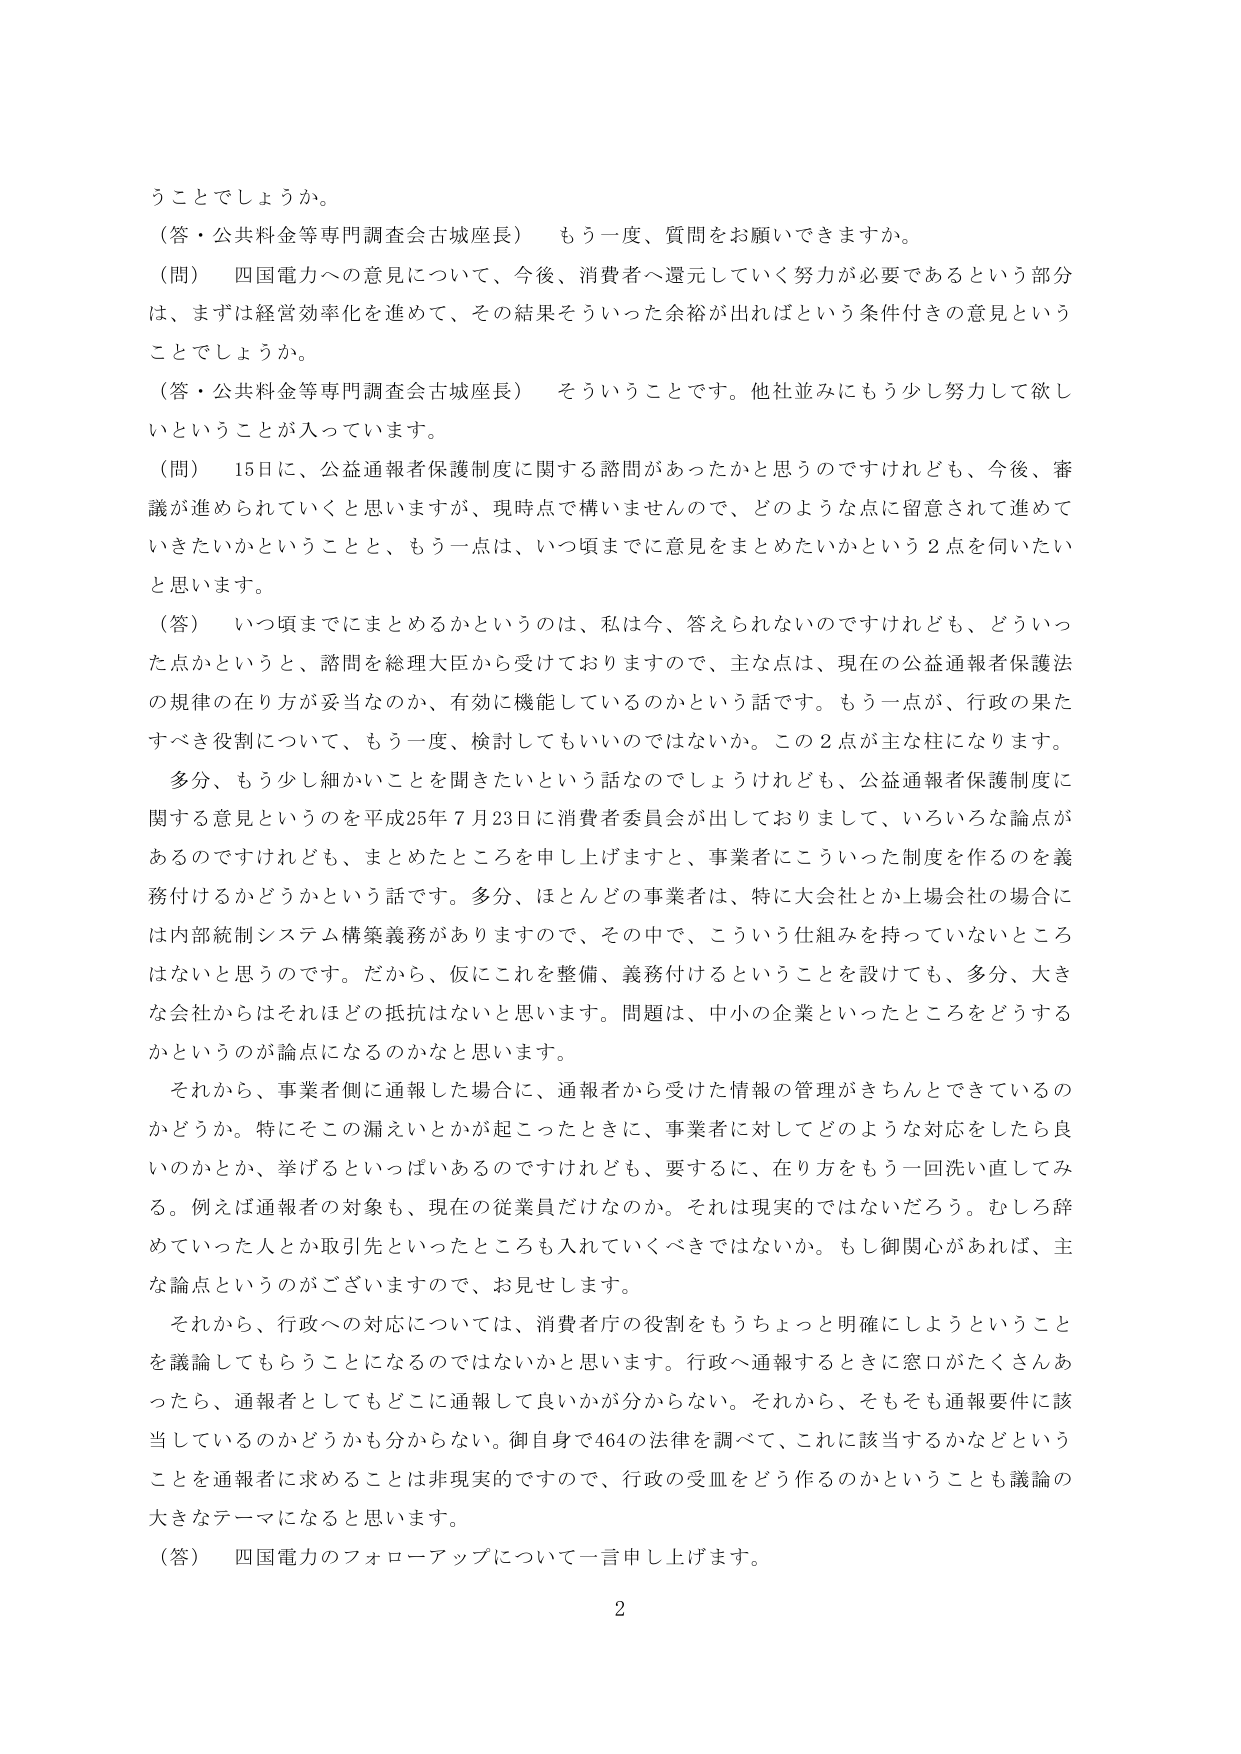
うことでしょうか。

（答・公共料金等専門調査会古城座長） もう一度、質問をお願いできますか。

（問） 四国電力への意見について、今後、消費者へ還元していく努力が必要であるという部分は、まずは経営効率化を進めて、その結果そういった余裕が出ればという条件付きの意見ということでしょうか。

（答・公共料金等専門調査会古城座長） そういうことです。他社並みにもう少し努力して欲しいということが入っています。

（問） 15日に、公益通報者保護制度に関する諮問があったかと思うのですけれども、今後、審議が進められていくと思いますが、現時点で構いませんので、どのような点に留意されて進めていきたいかということと、もう一点は、いつ頃までに意見をまとめたいかという2点を伺いたいと思います。

（答） いつ頃までにまとめるかというのは、私は今、答えられないのですけれども、どういった点かというと、諮問を総理大臣から受けておりますので、主な点は、現在の公益通報者保護法の規律の在り方が妥当なのか、有効に機能しているのかという話です。もう一点が、行政の果たすべき役割について、もう一度、検討してもいいのではないか。この2点が主な柱になります。

多分、もう少し細かいことを聞きたいという話なのでしょうけれども、公益通報者保護制度に関する意見というのを平成25年7月23日に消費者委員会が出しておりまして、いろいろな論点があるのですけれども、まとめたところを申し上げますと、事業者にこういった制度を作るのを義務付けるかどうかという話です。多分、ほとんどの事業者は、特に大企業とか上場会社の場合には内部統制システム構築義務がありますので、その中で、こういう仕組みを持っていないところはないと思うのです。だから、仮にこれを整備、義務付けるということを設けても、多分、大きな会社からはそれほどの抵抗はないと思います。問題は、中小の企業といったところをどうするかというのが論点になるのかなと思います。

それから、事業者側に通報した場合に、通報者から受けた情報の管理がきちんとできているのかどうか。特にそこの漏えいとかが起こったときに、事業者に対してどのような対応をしたら良いのかとか、挙げるといっぱいあるのですけれども、要するに、在り方をもう一回洗い直してみる。例えば通報者の対象も、現在の従業員だけなのか。それは現実ではないだろう。むしろ辞めていった人とか取引先といったところも入れていくべきではないか。もし御関心があれば、主な論点というのがございますので、お見せします。

それから、行政への対応については、消費者庁の役割をもうちょっと明確にしようということを議論してもらうことになるのではないかと思います。行政へ通報するときに窓口がたくさんあったら、通報者としてもどこに通報して良いかが分からない。それから、そもそも通報要件に該当しているのかどうかも分からない。御自身で464の法律を調べて、これに該当するかなどということを通報者に求めることは非現実的ですので、行政の受皿をどう作るのかということも議論の大きなテーマになると思います。

（答） 四国電力のフォローアップについて一言申し上げます。

2